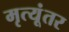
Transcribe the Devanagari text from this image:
मृत्यूंतर